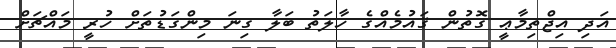
އަދި އިޖްތިމާޢީ ގޮތުން ޤައުމެއްގެ ހާލަތު ބަލާ ގިނަ މިންގަޑުތަށް ހުރީ މައްޗަށް